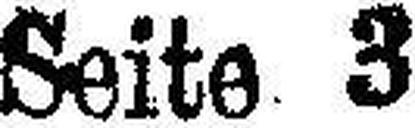
Seite 3